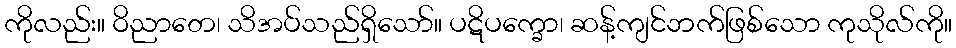
ကိုလည်း။ ဝိညာတေ၊ သိအပ်သည်ရှိသော်။ ပဋိပက္ခော၊ ဆန့်ကျင်ဘက်ဖြစ်သော ကုသိုလ်ကို။